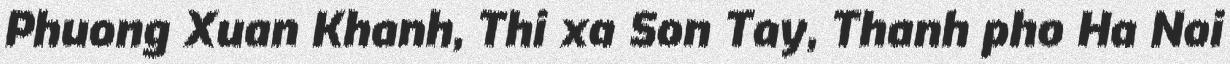
Phuong Xuan Khanh, Thi xa Son Tay, Thanh pho Ha Noi